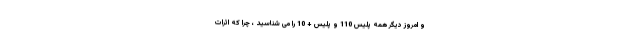
و امروز دیگر همه پلیس 110 و پلیس + 10 را می شناسید ، چرا که اثرات